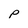
Character: P